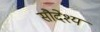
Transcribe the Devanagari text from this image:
सौदेश्य